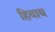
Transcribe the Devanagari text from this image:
हिवाय